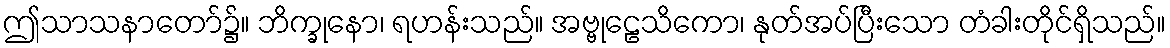
ဤသာသနာတော်၌။ ဘိက္ခုနော၊ ရဟန်းသည်။ အဗ္ဗုဠေသိကော၊ နုတ်အပ်ပြီးသော တံခါးတိုင်ရှိသည်။